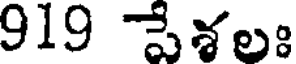
919 పేశలః